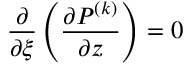
\displaystyle \frac { \partial } { \partial \xi } \left( \frac { \partial P ^ { ( k ) } } { \partial z } \right) = 0